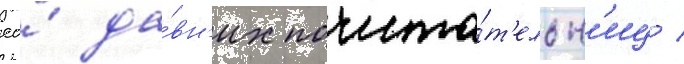
ео́ да́вн'их почита́т'ельн'иц /